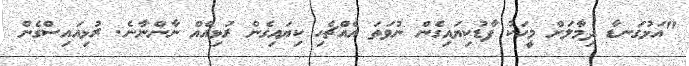
"އަޅުގަނޑާ ދިމާލަށް މީހަކު ފާޑުކިޔައިގެން ނުވަތަ އެއްޗެހި ކިޔައިގެން ރުޅިއެއް ނާންނާނެ. ރުޅިއައިސްގެން